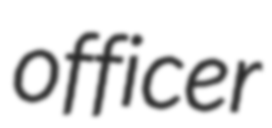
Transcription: officer